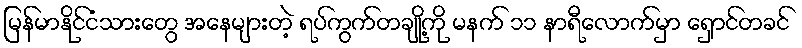
မြန်မာနိုင်ငံသားတွေ အနေများတဲ့ ရပ်ကွက်တချို့ကို မနက် ၁၁ နာရီလောက်မှာ ရှောင်တခင်